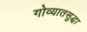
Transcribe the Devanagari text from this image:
गोव्यातसुद्धा